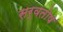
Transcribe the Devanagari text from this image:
सर्वतोष